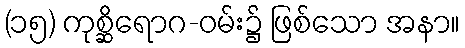
(၁၅) ကုစ္ဆိရောဂ-ဝမ်း၌ ဖြစ်သော အနာ။